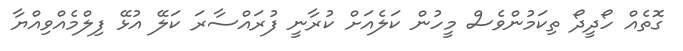
ގޮތެއް ހޯދީދޯ ތިކަމުންވެސް މީހުން ކަލެއަށް ކުރާނީ ފުރައްސާރަ ކަލޭ އުޅޭ ފިލްމެއްވިއްޔާ